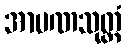
အာပဏသုတ္တံ